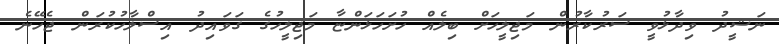
ނަޝީދު ވިދާޅުވީ ސަރުކާރުން މަޖިލީހަށް ބިލެއް ހުށަހަޅަންޏާ މަޖިލީހުގެ ގަވައިދު އިސްލާހުކުރަން ޖެހޭނެ